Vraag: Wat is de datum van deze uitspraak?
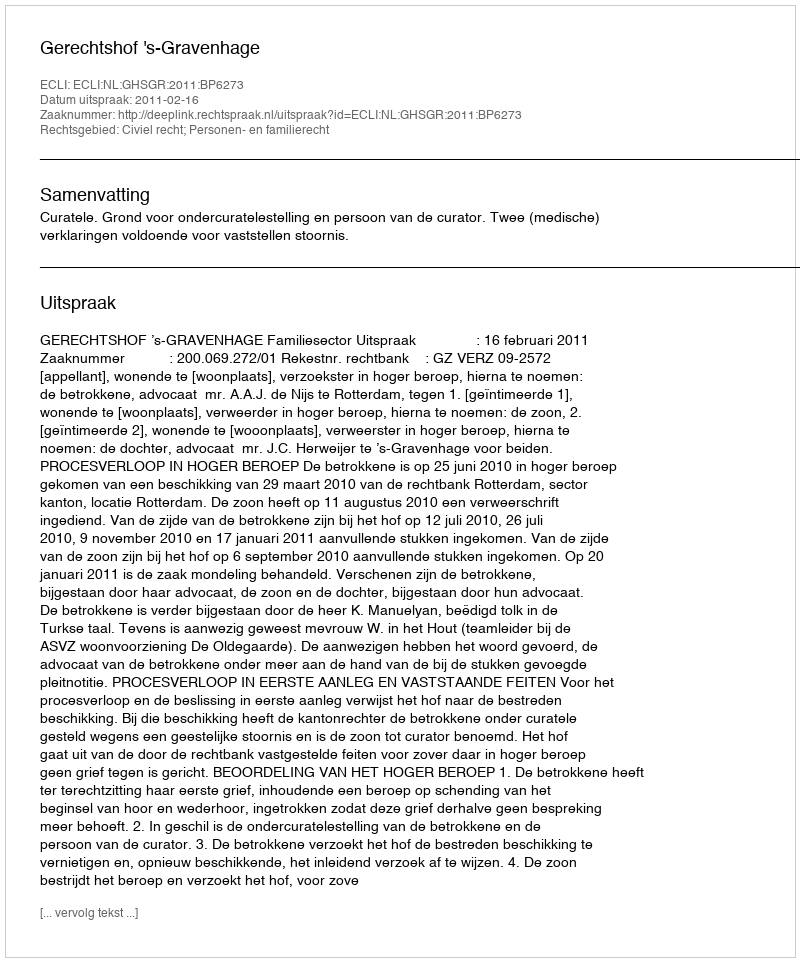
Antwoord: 2011-02-16